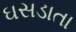
ઘસડાતા